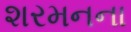
શરમનના